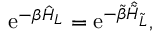
\mathrm { e } ^ { - \beta \hat { H } _ { L } } = \mathrm { e } ^ { - \tilde { \beta } \hat { \tilde { H } } _ { \tilde { L } } } ,